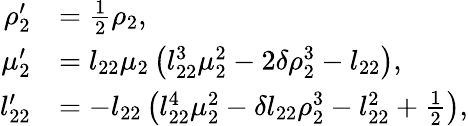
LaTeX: \begin{array}{rl}{\rho_{2}^{\prime}}&{=\frac 12\rho_{2},}\\ {\mu_{2}^{\prime}}&{=l_{22}\mu_{2}\left(l_{22}^{3}\mu_{2}^{2}-2\delta\rho_{2}^{3}-l_{22}\right),}\\ {l_{22}^{\prime}}&{=-l_{22}\left(l_{22}^{4}\mu_{2}^{2}-\delta l_{22}\rho_{2}^{3}-l_{22}^{2}+\frac 12\right),}\end{array}